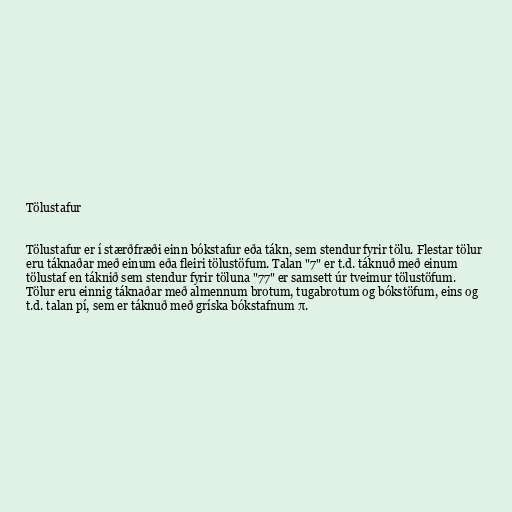
Tölustafur

Tölustafur er í stærðfræði einn bókstafur eða tákn, sem stendur fyrir tölu. Flestar tölur
eru táknaðar með einum eða fleiri tölustöfum. Talan "7" er t.d. táknuð með einum
tölustaf en táknið sem stendur fyrir töluna "77" er samsett úr tveimur tölustöfum.
Tölur eru einnig táknaðar með almennum brotum, tugabrotum og bókstöfum, eins og
t.d. talan pí, sem er táknuð með gríska bókstafnum π.